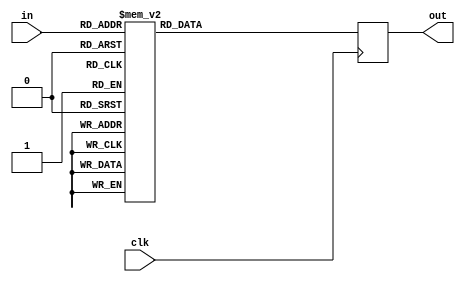
/************************************************************************
SubBytes

Po-Han Huang, Spring 2017
Joe Meng, Fall 2013

For use with ECE 385 Experiment 9
University of Illinois ECE Department
************************************************************************/

// SubBytes
// Input : System Clock, input Byte
// Output: SubBytes transformation of the Byte
module SubBytes (
	input   clk,
	input   [7:0] in,
	output reg [7:0] out
);

// This module will be synthesized into a RAM
always @ (negedge clk)
	case (in)
	8'h00: out <= 8'h63;    8'h01: out <= 8'h7c;    8'h02: out <= 8'h77;    8'h03: out <= 8'h7b;
	8'h04: out <= 8'hf2;    8'h05: out <= 8'h6b;    8'h06: out <= 8'h6f;    8'h07: out <= 8'hc5;
	8'h08: out <= 8'h30;    8'h09: out <= 8'h01;    8'h0a: out <= 8'h67;    8'h0b: out <= 8'h2b;
	8'h0c: out <= 8'hfe;    8'h0d: out <= 8'hd7;    8'h0e: out <= 8'hab;    8'h0f: out <= 8'h76;
	8'h10: out <= 8'hca;    8'h11: out <= 8'h82;    8'h12: out <= 8'hc9;    8'h13: out <= 8'h7d;
	8'h14: out <= 8'hfa;    8'h15: out <= 8'h59;    8'h16: out <= 8'h47;    8'h17: out <= 8'hf0;
	8'h18: out <= 8'had;    8'h19: out <= 8'hd4;    8'h1a: out <= 8'ha2;    8'h1b: out <= 8'haf;
	8'h1c: out <= 8'h9c;    8'h1d: out <= 8'ha4;    8'h1e: out <= 8'h72;    8'h1f: out <= 8'hc0;
	8'h20: out <= 8'hb7;    8'h21: out <= 8'hfd;    8'h22: out <= 8'h93;    8'h23: out <= 8'h26;
	8'h24: out <= 8'h36;    8'h25: out <= 8'h3f;    8'h26: out <= 8'hf7;    8'h27: out <= 8'hcc;
	8'h28: out <= 8'h34;    8'h29: out <= 8'ha5;    8'h2a: out <= 8'he5;    8'h2b: out <= 8'hf1;
	8'h2c: out <= 8'h71;    8'h2d: out <= 8'hd8;    8'h2e: out <= 8'h31;    8'h2f: out <= 8'h15;
	8'h30: out <= 8'h04;    8'h31: out <= 8'hc7;    8'h32: out <= 8'h23;    8'h33: out <= 8'hc3;
	8'h34: out <= 8'h18;    8'h35: out <= 8'h96;    8'h36: out <= 8'h05;    8'h37: out <= 8'h9a;
	8'h38: out <= 8'h07;    8'h39: out <= 8'h12;    8'h3a: out <= 8'h80;    8'h3b: out <= 8'he2;
	8'h3c: out <= 8'heb;    8'h3d: out <= 8'h27;    8'h3e: out <= 8'hb2;    8'h3f: out <= 8'h75;
	8'h40: out <= 8'h09;    8'h41: out <= 8'h83;    8'h42: out <= 8'h2c;    8'h43: out <= 8'h1a;
	8'h44: out <= 8'h1b;    8'h45: out <= 8'h6e;    8'h46: out <= 8'h5a;    8'h47: out <= 8'ha0;
	8'h48: out <= 8'h52;    8'h49: out <= 8'h3b;    8'h4a: out <= 8'hd6;    8'h4b: out <= 8'hb3;
	8'h4c: out <= 8'h29;    8'h4d: out <= 8'he3;    8'h4e: out <= 8'h2f;    8'h4f: out <= 8'h84;
	8'h50: out <= 8'h53;    8'h51: out <= 8'hd1;    8'h52: out <= 8'h00;    8'h53: out <= 8'hed;
	8'h54: out <= 8'h20;    8'h55: out <= 8'hfc;    8'h56: out <= 8'hb1;    8'h57: out <= 8'h5b;
	8'h58: out <= 8'h6a;    8'h59: out <= 8'hcb;    8'h5a: out <= 8'hbe;    8'h5b: out <= 8'h39;
	8'h5c: out <= 8'h4a;    8'h5d: out <= 8'h4c;    8'h5e: out <= 8'h58;    8'h5f: out <= 8'hcf;
	8'h60: out <= 8'hd0;    8'h61: out <= 8'hef;    8'h62: out <= 8'haa;    8'h63: out <= 8'hfb;
	8'h64: out <= 8'h43;    8'h65: out <= 8'h4d;    8'h66: out <= 8'h33;    8'h67: out <= 8'h85;
	8'h68: out <= 8'h45;    8'h69: out <= 8'hf9;    8'h6a: out <= 8'h02;    8'h6b: out <= 8'h7f;
	8'h6c: out <= 8'h50;    8'h6d: out <= 8'h3c;    8'h6e: out <= 8'h9f;    8'h6f: out <= 8'ha8;
	8'h70: out <= 8'h51;    8'h71: out <= 8'ha3;    8'h72: out <= 8'h40;    8'h73: out <= 8'h8f;
	8'h74: out <= 8'h92;    8'h75: out <= 8'h9d;    8'h76: out <= 8'h38;    8'h77: out <= 8'hf5;
	8'h78: out <= 8'hbc;    8'h79: out <= 8'hb6;    8'h7a: out <= 8'hda;    8'h7b: out <= 8'h21;
	8'h7c: out <= 8'h10;    8'h7d: out <= 8'hff;    8'h7e: out <= 8'hf3;    8'h7f: out <= 8'hd2;
	8'h80: out <= 8'hcd;    8'h81: out <= 8'h0c;    8'h82: out <= 8'h13;    8'h83: out <= 8'hec;
	8'h84: out <= 8'h5f;    8'h85: out <= 8'h97;    8'h86: out <= 8'h44;    8'h87: out <= 8'h17;
	8'h88: out <= 8'hc4;    8'h89: out <= 8'ha7;    8'h8a: out <= 8'h7e;    8'h8b: out <= 8'h3d;
	8'h8c: out <= 8'h64;    8'h8d: out <= 8'h5d;    8'h8e: out <= 8'h19;    8'h8f: out <= 8'h73;
	8'h90: out <= 8'h60;    8'h91: out <= 8'h81;    8'h92: out <= 8'h4f;    8'h93: out <= 8'hdc;
	8'h94: out <= 8'h22;    8'h95: out <= 8'h2a;    8'h96: out <= 8'h90;    8'h97: out <= 8'h88;
	8'h98: out <= 8'h46;    8'h99: out <= 8'hee;    8'h9a: out <= 8'hb8;    8'h9b: out <= 8'h14;
	8'h9c: out <= 8'hde;    8'h9d: out <= 8'h5e;    8'h9e: out <= 8'h0b;    8'h9f: out <= 8'hdb;
	8'ha0: out <= 8'he0;    8'ha1: out <= 8'h32;    8'ha2: out <= 8'h3a;    8'ha3: out <= 8'h0a;
	8'ha4: out <= 8'h49;    8'ha5: out <= 8'h06;    8'ha6: out <= 8'h24;    8'ha7: out <= 8'h5c;
	8'ha8: out <= 8'hc2;    8'ha9: out <= 8'hd3;    8'haa: out <= 8'hac;    8'hab: out <= 8'h62;
	8'hac: out <= 8'h91;    8'had: out <= 8'h95;    8'hae: out <= 8'he4;    8'haf: out <= 8'h79;
	8'hb0: out <= 8'he7;    8'hb1: out <= 8'hc8;    8'hb2: out <= 8'h37;    8'hb3: out <= 8'h6d;
	8'hb4: out <= 8'h8d;    8'hb5: out <= 8'hd5;    8'hb6: out <= 8'h4e;    8'hb7: out <= 8'ha9;
	8'hb8: out <= 8'h6c;    8'hb9: out <= 8'h56;    8'hba: out <= 8'hf4;    8'hbb: out <= 8'hea;
	8'hbc: out <= 8'h65;    8'hbd: out <= 8'h7a;    8'hbe: out <= 8'hae;    8'hbf: out <= 8'h08;
	8'hc0: out <= 8'hba;    8'hc1: out <= 8'h78;    8'hc2: out <= 8'h25;    8'hc3: out <= 8'h2e;
	8'hc4: out <= 8'h1c;    8'hc5: out <= 8'ha6;    8'hc6: out <= 8'hb4;    8'hc7: out <= 8'hc6;
	8'hc8: out <= 8'he8;    8'hc9: out <= 8'hdd;    8'hca: out <= 8'h74;    8'hcb: out <= 8'h1f;
	8'hcc: out <= 8'h4b;    8'hcd: out <= 8'hbd;    8'hce: out <= 8'h8b;    8'hcf: out <= 8'h8a;
	8'hd0: out <= 8'h70;    8'hd1: out <= 8'h3e;    8'hd2: out <= 8'hb5;    8'hd3: out <= 8'h66;
	8'hd4: out <= 8'h48;    8'hd5: out <= 8'h03;    8'hd6: out <= 8'hf6;    8'hd7: out <= 8'h0e;
	8'hd8: out <= 8'h61;    8'hd9: out <= 8'h35;    8'hda: out <= 8'h57;    8'hdb: out <= 8'hb9;
	8'hdc: out <= 8'h86;    8'hdd: out <= 8'hc1;    8'hde: out <= 8'h1d;    8'hdf: out <= 8'h9e;
	8'he0: out <= 8'he1;    8'he1: out <= 8'hf8;    8'he2: out <= 8'h98;    8'he3: out <= 8'h11;
	8'he4: out <= 8'h69;    8'he5: out <= 8'hd9;    8'he6: out <= 8'h8e;    8'he7: out <= 8'h94;
	8'he8: out <= 8'h9b;    8'he9: out <= 8'h1e;    8'hea: out <= 8'h87;    8'heb: out <= 8'he9;
	8'hec: out <= 8'hce;    8'hed: out <= 8'h55;    8'hee: out <= 8'h28;    8'hef: out <= 8'hdf;
	8'hf0: out <= 8'h8c;    8'hf1: out <= 8'ha1;    8'hf2: out <= 8'h89;    8'hf3: out <= 8'h0d;
	8'hf4: out <= 8'hbf;    8'hf5: out <= 8'he6;    8'hf6: out <= 8'h42;    8'hf7: out <= 8'h68;
	8'hf8: out <= 8'h41;    8'hf9: out <= 8'h99;    8'hfa: out <= 8'h2d;    8'hfb: out <= 8'h0f;
	8'hfc: out <= 8'hb0;    8'hfd: out <= 8'h54;    8'hfe: out <= 8'hbb;    8'hff: out <= 8'h16;
	endcase
endmodule

// InvSubBytes
// Input : System Clock, input Byte
// Output: InvSubBytes transformation of the Byte
module InvSubBytes (
	input   clk,
	input   [7:0] in,
	output reg [7:0] out
);

// This module will be synthesized into a RAM
always @ (negedge clk)
	case (in)
	8'h00: out <= 8'h52;    8'h01: out <= 8'h09;    8'h02: out <= 8'h6a;    8'h03: out <= 8'hd5;
	8'h04: out <= 8'h30;    8'h05: out <= 8'h36;    8'h06: out <= 8'ha5;    8'h07: out <= 8'h38;
	8'h08: out <= 8'hbf;    8'h09: out <= 8'h40;    8'h0a: out <= 8'ha3;    8'h0b: out <= 8'h9e;
	8'h0c: out <= 8'h81;    8'h0d: out <= 8'hf3;    8'h0e: out <= 8'hd7;    8'h0f: out <= 8'hfb;
	8'h10: out <= 8'h7c;    8'h11: out <= 8'he3;    8'h12: out <= 8'h39;    8'h13: out <= 8'h82;
	8'h14: out <= 8'h9b;    8'h15: out <= 8'h2f;    8'h16: out <= 8'hff;    8'h17: out <= 8'h87;
	8'h18: out <= 8'h34;    8'h19: out <= 8'h8e;    8'h1a: out <= 8'h43;    8'h1b: out <= 8'h44;
	8'h1c: out <= 8'hc4;    8'h1d: out <= 8'hde;    8'h1e: out <= 8'he9;    8'h1f: out <= 8'hcb;
	8'h20: out <= 8'h54;    8'h21: out <= 8'h7b;    8'h22: out <= 8'h94;    8'h23: out <= 8'h32;
	8'h24: out <= 8'ha6;    8'h25: out <= 8'hc2;    8'h26: out <= 8'h23;    8'h27: out <= 8'h3d;
	8'h28: out <= 8'hee;    8'h29: out <= 8'h4c;    8'h2a: out <= 8'h95;    8'h2b: out <= 8'h0b;
	8'h2c: out <= 8'h42;    8'h2d: out <= 8'hfa;    8'h2e: out <= 8'hc3;    8'h2f: out <= 8'h4e;
	8'h30: out <= 8'h08;    8'h31: out <= 8'h2e;    8'h32: out <= 8'ha1;    8'h33: out <= 8'h66;
	8'h34: out <= 8'h28;    8'h35: out <= 8'hd9;    8'h36: out <= 8'h24;    8'h37: out <= 8'hb2;
	8'h38: out <= 8'h76;    8'h39: out <= 8'h5b;    8'h3a: out <= 8'ha2;    8'h3b: out <= 8'h49;
	8'h3c: out <= 8'h6d;    8'h3d: out <= 8'h8b;    8'h3e: out <= 8'hd1;    8'h3f: out <= 8'h25;
	8'h40: out <= 8'h72;    8'h41: out <= 8'hf8;    8'h42: out <= 8'hf6;    8'h43: out <= 8'h64;
	8'h44: out <= 8'h86;    8'h45: out <= 8'h68;    8'h46: out <= 8'h98;    8'h47: out <= 8'h16;
	8'h48: out <= 8'hd4;    8'h49: out <= 8'ha4;    8'h4a: out <= 8'h5c;    8'h4b: out <= 8'hcc;
	8'h4c: out <= 8'h5d;    8'h4d: out <= 8'h65;    8'h4e: out <= 8'hb6;    8'h4f: out <= 8'h92;
	8'h50: out <= 8'h6c;    8'h51: out <= 8'h70;    8'h52: out <= 8'h48;    8'h53: out <= 8'h50;
	8'h54: out <= 8'hfd;    8'h55: out <= 8'hed;    8'h56: out <= 8'hb9;    8'h57: out <= 8'hda;
	8'h58: out <= 8'h5e;    8'h59: out <= 8'h15;    8'h5a: out <= 8'h46;    8'h5b: out <= 8'h57;
	8'h5c: out <= 8'ha7;    8'h5d: out <= 8'h8d;    8'h5e: out <= 8'h9d;    8'h5f: out <= 8'h84;
	8'h60: out <= 8'h90;    8'h61: out <= 8'hd8;    8'h62: out <= 8'hab;    8'h63: out <= 8'h00;
	8'h64: out <= 8'h8c;    8'h65: out <= 8'hbc;    8'h66: out <= 8'hd3;    8'h67: out <= 8'h0a;
	8'h68: out <= 8'hf7;    8'h69: out <= 8'he4;    8'h6a: out <= 8'h58;    8'h6b: out <= 8'h05;
	8'h6c: out <= 8'hb8;    8'h6d: out <= 8'hb3;    8'h6e: out <= 8'h45;    8'h6f: out <= 8'h06;
	8'h70: out <= 8'hd0;    8'h71: out <= 8'h2c;    8'h72: out <= 8'h1e;    8'h73: out <= 8'h8f;
	8'h74: out <= 8'hca;    8'h75: out <= 8'h3f;    8'h76: out <= 8'h0f;    8'h77: out <= 8'h02;
	8'h78: out <= 8'hc1;    8'h79: out <= 8'haf;    8'h7a: out <= 8'hbd;    8'h7b: out <= 8'h03;
	8'h7c: out <= 8'h01;    8'h7d: out <= 8'h13;    8'h7e: out <= 8'h8a;    8'h7f: out <= 8'h6b;
	8'h80: out <= 8'h3a;    8'h81: out <= 8'h91;    8'h82: out <= 8'h11;    8'h83: out <= 8'h41;
	8'h84: out <= 8'h4f;    8'h85: out <= 8'h67;    8'h86: out <= 8'hdc;    8'h87: out <= 8'hea;
	8'h88: out <= 8'h97;    8'h89: out <= 8'hf2;    8'h8a: out <= 8'hcf;    8'h8b: out <= 8'hce;
	8'h8c: out <= 8'hf0;    8'h8d: out <= 8'hb4;    8'h8e: out <= 8'he6;    8'h8f: out <= 8'h73;
	8'h90: out <= 8'h96;    8'h91: out <= 8'hac;    8'h92: out <= 8'h74;    8'h93: out <= 8'h22;
	8'h94: out <= 8'he7;    8'h95: out <= 8'had;    8'h96: out <= 8'h35;    8'h97: out <= 8'h85;
	8'h98: out <= 8'he2;    8'h99: out <= 8'hf9;    8'h9a: out <= 8'h37;    8'h9b: out <= 8'he8;
	8'h9c: out <= 8'h1c;    8'h9d: out <= 8'h75;    8'h9e: out <= 8'hdf;    8'h9f: out <= 8'h6e;
	8'ha0: out <= 8'h47;    8'ha1: out <= 8'hf1;    8'ha2: out <= 8'h1a;    8'ha3: out <= 8'h71;
	8'ha4: out <= 8'h1d;    8'ha5: out <= 8'h29;    8'ha6: out <= 8'hc5;    8'ha7: out <= 8'h89;
	8'ha8: out <= 8'h6f;    8'ha9: out <= 8'hb7;    8'haa: out <= 8'h62;    8'hab: out <= 8'h0e;
	8'hac: out <= 8'haa;    8'had: out <= 8'h18;    8'hae: out <= 8'hbe;    8'haf: out <= 8'h1b;
	8'hb0: out <= 8'hfc;    8'hb1: out <= 8'h56;    8'hb2: out <= 8'h3e;    8'hb3: out <= 8'h4b;
	8'hb4: out <= 8'hc6;    8'hb5: out <= 8'hd2;    8'hb6: out <= 8'h79;    8'hb7: out <= 8'h20;
	8'hb8: out <= 8'h9a;    8'hb9: out <= 8'hdb;    8'hba: out <= 8'hc0;    8'hbb: out <= 8'hfe;
	8'hbc: out <= 8'h78;    8'hbd: out <= 8'hcd;    8'hbe: out <= 8'h5a;    8'hbf: out <= 8'hf4;
	8'hc0: out <= 8'h1f;    8'hc1: out <= 8'hdd;    8'hc2: out <= 8'ha8;    8'hc3: out <= 8'h33;
	8'hc4: out <= 8'h88;    8'hc5: out <= 8'h07;    8'hc6: out <= 8'hc7;    8'hc7: out <= 8'h31;
	8'hc8: out <= 8'hb1;    8'hc9: out <= 8'h12;    8'hca: out <= 8'h10;    8'hcb: out <= 8'h59;
	8'hcc: out <= 8'h27;    8'hcd: out <= 8'h80;    8'hce: out <= 8'hec;    8'hcf: out <= 8'h5f;
	8'hd0: out <= 8'h60;    8'hd1: out <= 8'h51;    8'hd2: out <= 8'h7f;    8'hd3: out <= 8'ha9;
	8'hd4: out <= 8'h19;    8'hd5: out <= 8'hb5;    8'hd6: out <= 8'h4a;    8'hd7: out <= 8'h0d;
	8'hd8: out <= 8'h2d;    8'hd9: out <= 8'he5;    8'hda: out <= 8'h7a;    8'hdb: out <= 8'h9f;
	8'hdc: out <= 8'h93;    8'hdd: out <= 8'hc9;    8'hde: out <= 8'h9c;    8'hdf: out <= 8'hef;
	8'he0: out <= 8'ha0;    8'he1: out <= 8'he0;    8'he2: out <= 8'h3b;    8'he3: out <= 8'h4d;
	8'he4: out <= 8'hae;    8'he5: out <= 8'h2a;    8'he6: out <= 8'hf5;    8'he7: out <= 8'hb0;
	8'he8: out <= 8'hc8;    8'he9: out <= 8'heb;    8'hea: out <= 8'hbb;    8'heb: out <= 8'h3c;
	8'hec: out <= 8'h83;    8'hed: out <= 8'h53;    8'hee: out <= 8'h99;    8'hef: out <= 8'h61;
	8'hf0: out <= 8'h17;    8'hf1: out <= 8'h2b;    8'hf2: out <= 8'h04;    8'hf3: out <= 8'h7e;
	8'hf4: out <= 8'hba;    8'hf5: out <= 8'h77;    8'hf6: out <= 8'hd6;    8'hf7: out <= 8'h26;
	8'hf8: out <= 8'he1;    8'hf9: out <= 8'h69;    8'hfa: out <= 8'h14;    8'hfb: out <= 8'h63;
	8'hfc: out <= 8'h55;    8'hfd: out <= 8'h21;    8'hfe: out <= 8'h0c;    8'hff: out <= 8'h7d;
	endcase
endmodule

// InvSub_16
// Input : System Clock, 128 input bits
// Output: InvSubBytes transformation of all 128 bits
module InvSub_16 (
					input  clk,
					input  [127:0] in,
					output wire [127:0] out
);
		// have to dereference the aes_box lookup table 16 times
		InvSubBytes isb0( .clk(clk), .in(in[7:0]), .out(out[7:0]) );
		InvSubBytes isb1( .clk(clk), .in(in[15:8]), .out(out[15:8]) );
		InvSubBytes isb2( .clk(clk), .in(in[23:16]), .out(out[23:16]) );
		InvSubBytes isb3( .clk(clk), .in(in[31:24]), .out(out[31:24]) );
		InvSubBytes isb4( .clk(clk), .in(in[39:32]), .out(out[39:32]) );
		InvSubBytes isb5( .clk(clk), .in(in[47:40]), .out(out[47:40]) );
		InvSubBytes isb6( .clk(clk), .in(in[55:48]), .out(out[55:48]) );
		InvSubBytes isb7( .clk(clk), .in(in[63:56]), .out(out[63:56]) );
		InvSubBytes isb8( .clk(clk), .in(in[71:64]), .out(out[71:64]) );
		InvSubBytes isb9( .clk(clk), .in(in[79:72]), .out(out[79:72]) );
		InvSubBytes isb10( .clk(clk), .in(in[87:80]), .out(out[87:80]) );
		InvSubBytes isb11( .clk(clk), .in(in[95:88]), .out(out[95:88]) );
		InvSubBytes isb12( .clk(clk), .in(in[103:96]), .out(out[103:96]) );
		InvSubBytes isb13( .clk(clk), .in(in[111:104]), .out(out[111:104]) );
		InvSubBytes isb14( .clk(clk), .in(in[119:112]), .out(out[119:112]) );
		InvSubBytes isb15( .clk(clk), .in(in[127:120]), .out(out[127:120]) );

endmodule